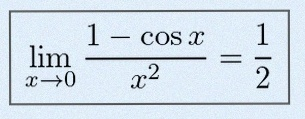
\lim_{x\to0}\frac{1-\cos x}{x^2}=\frac12